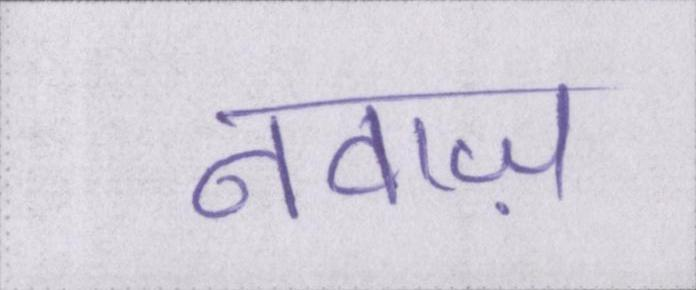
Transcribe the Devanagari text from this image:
नवाज़